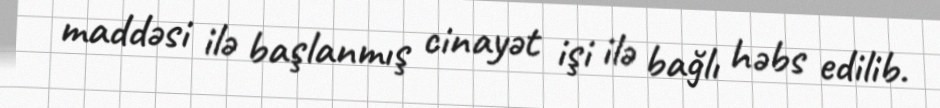
maddəsi ilə başlanmış cinayət işi ilə bağlı həbs edilib.